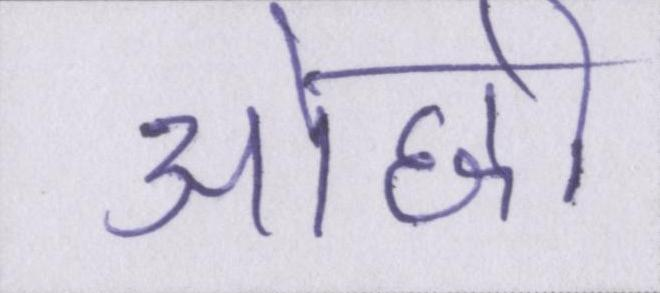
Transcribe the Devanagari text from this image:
ओछी